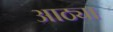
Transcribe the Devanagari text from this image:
आठ्या